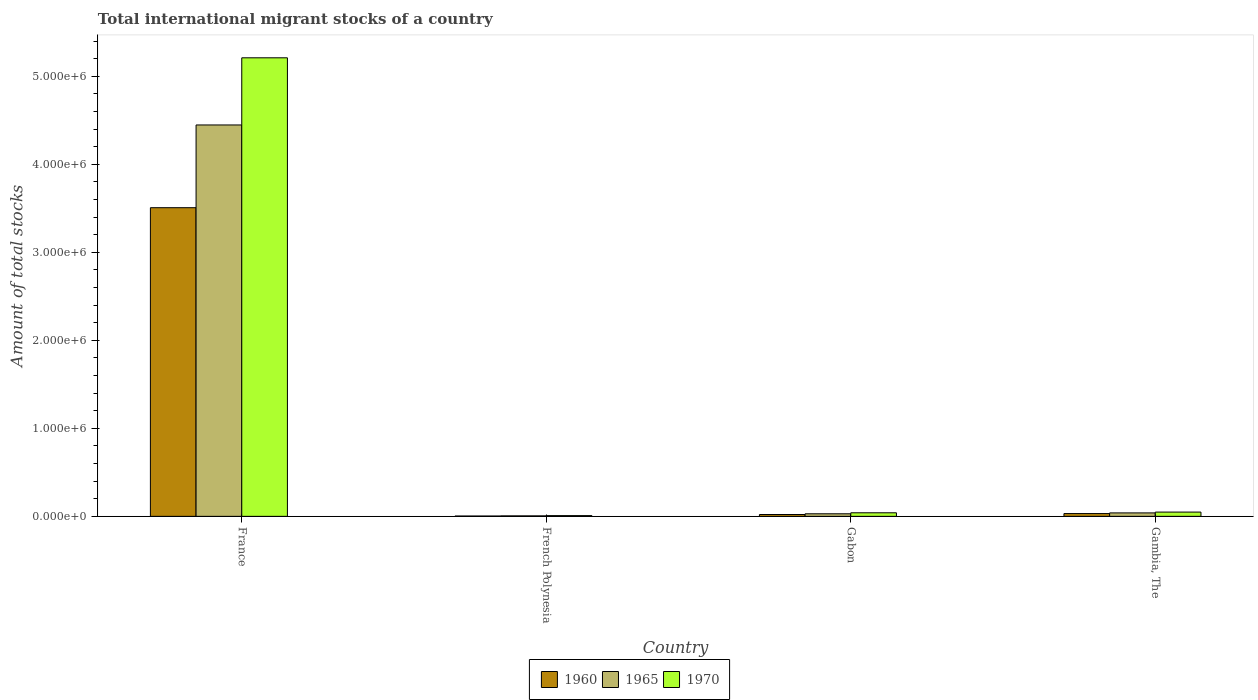
| Country | 1960 | 1965 | 1970 |
 | --- | --- | --- | --- |
 | France | 3.51e+06 | 4.45e+06 | 5.21e+06 |
 | French Polynesia | 3.66e+03 | 5.48e+03 | 8.19e+03 |
 | Gabon | 2.09e+04 | 2.9e+04 | 4.04e+04 |
 | Gambia, The | 3.16e+04 | 3.91e+04 | 4.84e+04 |